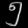
Digit: ၅